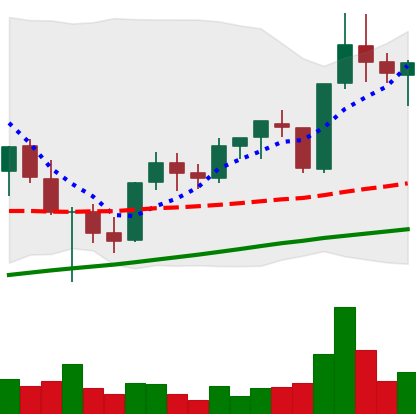
Ticker: XLM-USD
Chart end date: 2021-05-09
Forward return: 6.276%
Label: up_5_7